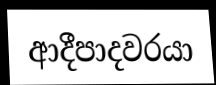
ආදීපාදවරයා